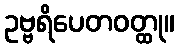
ဥဗ္ဗရိပေတဝတ္ထု။